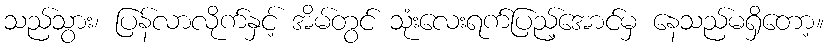
သည်သွား၊ ပြန်လာလိုက်နှင့် အိမ်တွင် သုံးလေးရက်ပြည့်အောင်မှ နေသည်မရှိတော့။